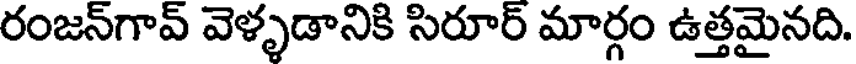
రంజన్గావ్ వెళ్ళడానికి సిరూర్ మార్గం ఉత్తమైనది.